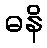
ဓနိ